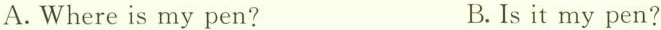
A. Where is my pen? B. Is it my pen?